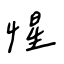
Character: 惺